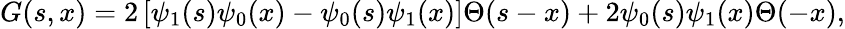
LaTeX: G(s,x)=2\left[\psi_{1}(s)\psi_{0}(x)-\psi_{0}(s)\psi_{1}(x)\right]\Theta(s-x)+2\psi_{0}(s)\psi_{1}(x)\Theta(-x),